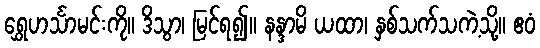
ရွှေဟင်္သာမင်းကို။ ဒိသွာ၊ မြင်ရ၍။ နန္ဒာမိ ယထာ၊ နှစ်သက်သကဲ့သို့။ ဧဝံ